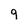
Character: 9